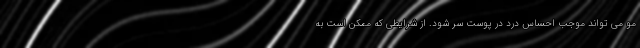
مو می تواند موجب احساس درد در پوست سر شود. از شرایطی که ممکن است به